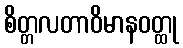
စိတ္တလတာဝိမာနဝတ္ထု